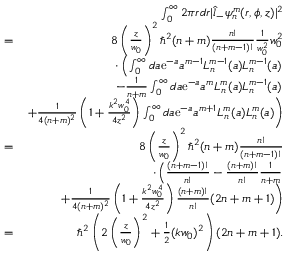
\begin{array} { r l r } & { } & { \int _ { 0 } ^ { \infty } 2 \pi r d r | \hat { l } _ { - } \psi _ { n } ^ { m } ( r , \phi , z ) | ^ { 2 } } \\ & { = } & { 8 \left( \frac { z } { w _ { 0 } } \right) ^ { 2 } \hbar ^ { 2 } ( n + m ) \frac { n ! } { ( n + m - 1 ) ! } \frac { 1 } { w _ { 0 } ^ { 2 } } w _ { 0 } ^ { 2 } } \\ & { } & { \cdot \left( \int _ { 0 } ^ { \infty } d a \mathrm { e } ^ { - a } a ^ { m - 1 } L _ { n } ^ { m - 1 } ( a ) L _ { n } ^ { m - 1 } ( a ) \right. } \\ & { } & { \left. - \frac { 1 } { n + m } \int _ { 0 } ^ { \infty } d a \mathrm { e } ^ { - a } a ^ { m } L _ { n } ^ { m } ( a ) L _ { n } ^ { m - 1 } ( a ) \right. } \\ & { } & { \left. + \frac { 1 } { 4 ( n + m ) ^ { 2 } } \left( 1 + \frac { k ^ { 2 } w _ { 0 } ^ { 4 } } { 4 z ^ { 2 } } \right) \int _ { 0 } ^ { \infty } d a \mathrm { e } ^ { - a } a ^ { m + 1 } L _ { n } ^ { m } ( a ) L _ { n } ^ { m } ( a ) \right) } \\ & { = } & { 8 \left( \frac { z } { w _ { 0 } } \right) ^ { 2 } \hbar ^ { 2 } ( n + m ) \frac { n ! } { ( n + m - 1 ) ! } } \\ & { } & { \cdot \left( \frac { ( n + m - 1 ) ! } { n ! } - \frac { ( n + m ) ! } { n ! } \frac { 1 } { n + m } \right. } \\ & { } & { \left. + \frac { 1 } { 4 ( n + m ) ^ { 2 } } \left( 1 + \frac { k ^ { 2 } w _ { 0 } ^ { 4 } } { 4 z ^ { 2 } } \right) \frac { ( n + m ) ! } { n ! } ( 2 n + m + 1 ) \right) } \\ & { = } & { \hbar ^ { 2 } \left( 2 \left( \frac { z } { w _ { 0 } } \right) ^ { 2 } + \frac { 1 } { 2 } ( k w _ { 0 } ) ^ { 2 } \right) ( 2 n + m + 1 ) . } \end{array}